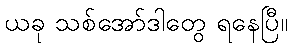
ယခု သစ်အော်ဒါတွေ ရနေပြီ။